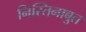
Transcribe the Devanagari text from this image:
निस्तिनाबुत